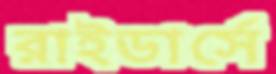
রাইডার্সে